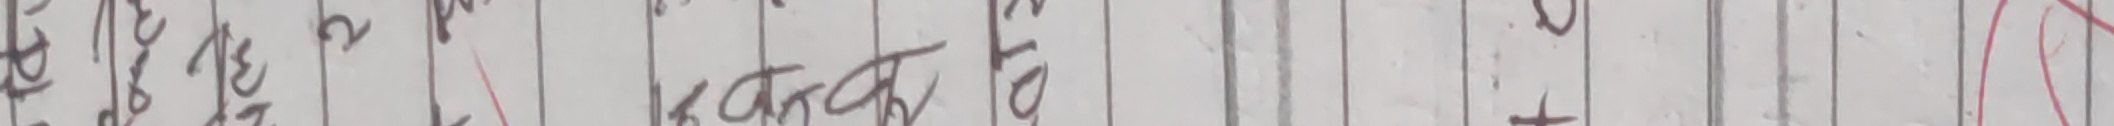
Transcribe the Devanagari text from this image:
प्र २ रा ५ ३ १ १
ये ३ त्र ह ने ० त
३ इ के ज पा ब
ट